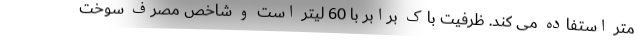
متر استفاده می کند. ظرفیت باک برابر با 60 لیتر است و شاخص مصرف سوخت